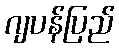
ဂျပန်ပြည်